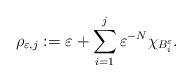
LaTeX: \begin{align*}\rho_{\varepsilon,j}:=\varepsilon+\sum_{i=1}^j\varepsilon^{-N}\chi_{B_i^{\varepsilon}}.\end{align*}